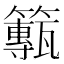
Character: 𥶸